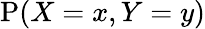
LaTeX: \operatorname{P}(X=x,Y=y)